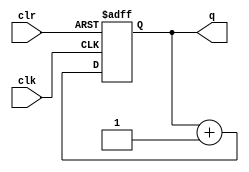
`timescale 1ns / 1ps

// Example 8a: N-bit counter

module counter #(parameter N = 4)
				(
					input wire clr ,
					input wire clk ,
					output reg [N-1:0] q
				 );

	// N-bit counter

	always @(posedge clk or posedge clr)
		begin
			if(clr == 1)
				q <= 0;
			else
				q <= q + 1;
		end

endmodule